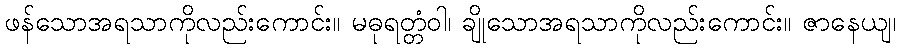
ဖန်သောအရသာကိုလည်းကောင်း။ မဓုရတ္တံဝါ၊ ချိုသောအရသာကိုလည်းကောင်း။ ဇာနေယျ၊